Indian journal of veterinary science and animal husbandry - Volume 9,
Year: 1939
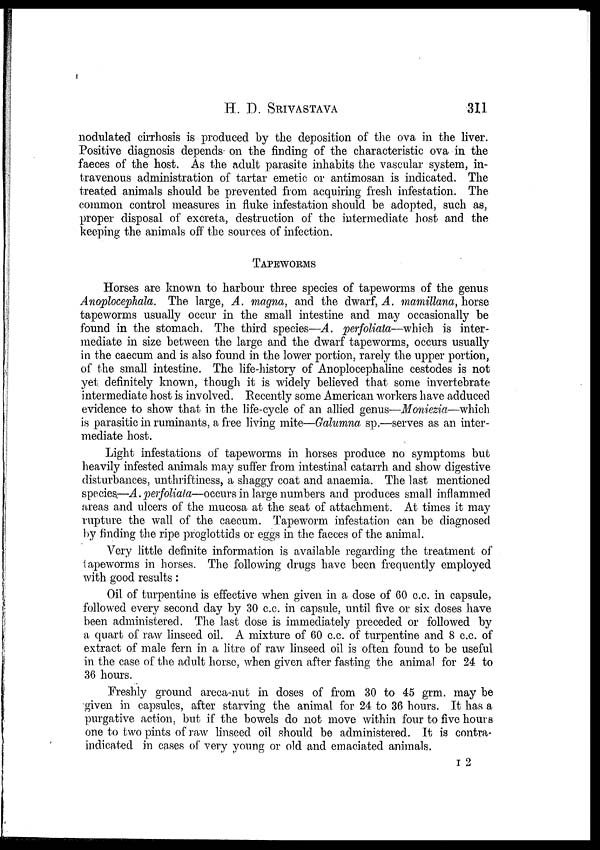
H. D.
SRIVASTAVA
311
nodulated cirrhosis is produced by the deposition of the ova in the liver.
Positive diagnosis depends on the finding of the characteristic ova in the
faeces of the host. As the adult parasite inhabits the vascular system, in-
travenous administration of tartar emetic or antimosan is indicated. The
treated animals should be prevented from acquiring fresh infestation. The
common control measures in fluke infestation should be adopted, such as,
proper disposal of excreta, destruction of the intermediate host and the
keeping the animals off the sources of infection.
TAPEWORMS
Horses are known to harbour three species of tapeworms of the genus
Anoplocephala. The large, A. magna, and the dwarf, A. mamillana, horse
tapeworms usually occur in the small intestine and may occasionally be
found in the stomach. The third species—A. perfoliata—which is inter-
mediate in size between the large and the dwarf tapeworms, occurs usually
in the caecum and is also found in the lower portion, rarely the upper portion,
of the small intestine. The life-history of Anoplocephaline cestodes is not
yet definitely known, though it is widely believed that some invertebrate
intermediate host is involved. Recently some American workers have adduced
evidence to show that in the life-cycle of an allied genus—Moniezia—which
is parasitic in ruminants, a free living mite—Galumna sp.—serves as an inter-
mediate host.
Light infestations of tapeworms in horses produce no symptoms but
heavily infested animals may suffer from intestinal catarrh and show digestive
disturbances, unthriftiness, a shaggy coat and anaemia. The last mentioned
species—A. perfoliata—occurs in large numbers and produces small inflammed
areas and ulcers of the mucosa at the seat of attachment. At times it may
rupture the wall of the caecum. Tapeworm infestation can be diagnosed
by finding the ripe proglottids or eggs in the faeces of the animal.
Very little definite information is available regarding the treatment of
tapeworms in horses. The following drugs have been frequently employed
with good results:
Oil of turpentine is effective when given in a dose of 60 c.c. in capsule,
followed every second day by 30 c.c. in capsule, until five or six doses have
been administered. The last dose is immediately preceded or followed by
a quart of raw linseed oil. A mixture of 60 c.c. of turpentine and 8 c.c. of
extract of male fern in a litre of raw linseed oil is often found to be useful
in the case of the adult horse, when given after fasting the animal for 24 to
36 hours.
Freshly ground areca-nut in doses of from 30 to 45 grm. may be
given in capsules, after starving the animal for 24 to 36 hours. It has a
purgative action, but if the bowels do not move within four to five hours
one to two pints of raw linseed oil should be administered. It is contra-
indicated in cases of very young or old and emaciated animals.
I 2